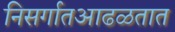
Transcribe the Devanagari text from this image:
निसर्गातआढळतात